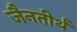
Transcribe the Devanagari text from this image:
जैनतीर्थ